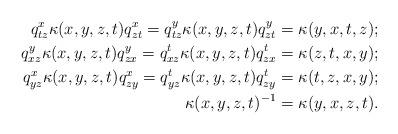
LaTeX: \begin{align*}q_{tz}^x\kappa (x,y,z,t)q_{zt}^x=q_{tz}^y\kappa (x,y,z,t)q_{zt}^y=\kappa (y,x,t,z);\\q_{xz}^y\kappa (x,y,z,t)q_{zx}^y=q_{xz}^t\kappa (x,y,z,t)q_{zx}^t=\kappa (z,t,x,y);\\q_{yz}^x\kappa (x,y,z,t)q_{zy}^x=q_{yz}^t\kappa (x,y,z,t)q_{zy}^t=\kappa (t,z,x,y);\\\kappa (x,y,z,t)^{-1}=\kappa (y,x,z,t).\end{align*}